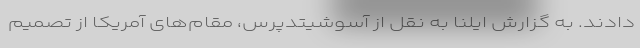
دادند. به گزارش ایلنا به نقل از آسوشیتدپرس، مقام‌های آمریکا از تصمیم